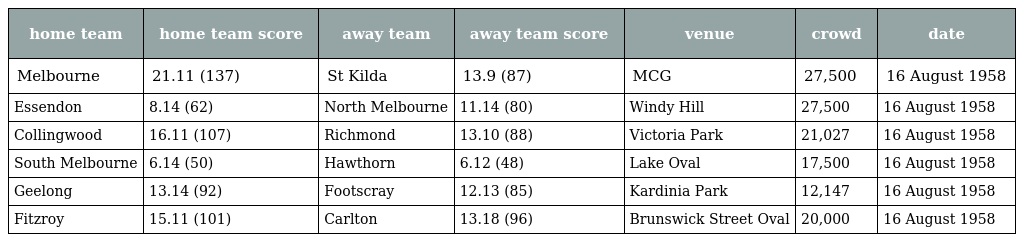
| home team | home team score | away team | away team score | venue | crowd | date |
 | --- | --- | --- | --- | --- | --- | --- |
 | Melbourne | 21.11 (137) | St Kilda | 13.9 (87) | MCG | 27,500 | 16 August 1958 |
 | Essendon | 8.14 (62) | North Melbourne | 11.14 (80) | Windy Hill | 27,500 | 16 August 1958 |
 | Collingwood | 16.11 (107) | Richmond | 13.10 (88) | Victoria Park | 21,027 | 16 August 1958 |
 | South Melbourne | 6.14 (50) | Hawthorn | 6.12 (48) | Lake Oval | 17,500 | 16 August 1958 |
 | Geelong | 13.14 (92) | Footscray | 12.13 (85) | Kardinia Park | 12,147 | 16 August 1958 |
 | Fitzroy | 15.11 (101) | Carlton | 13.18 (96) | Brunswick Street Oval | 20,000 | 16 August 1958 |